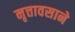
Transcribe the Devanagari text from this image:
नृत्तावसाने